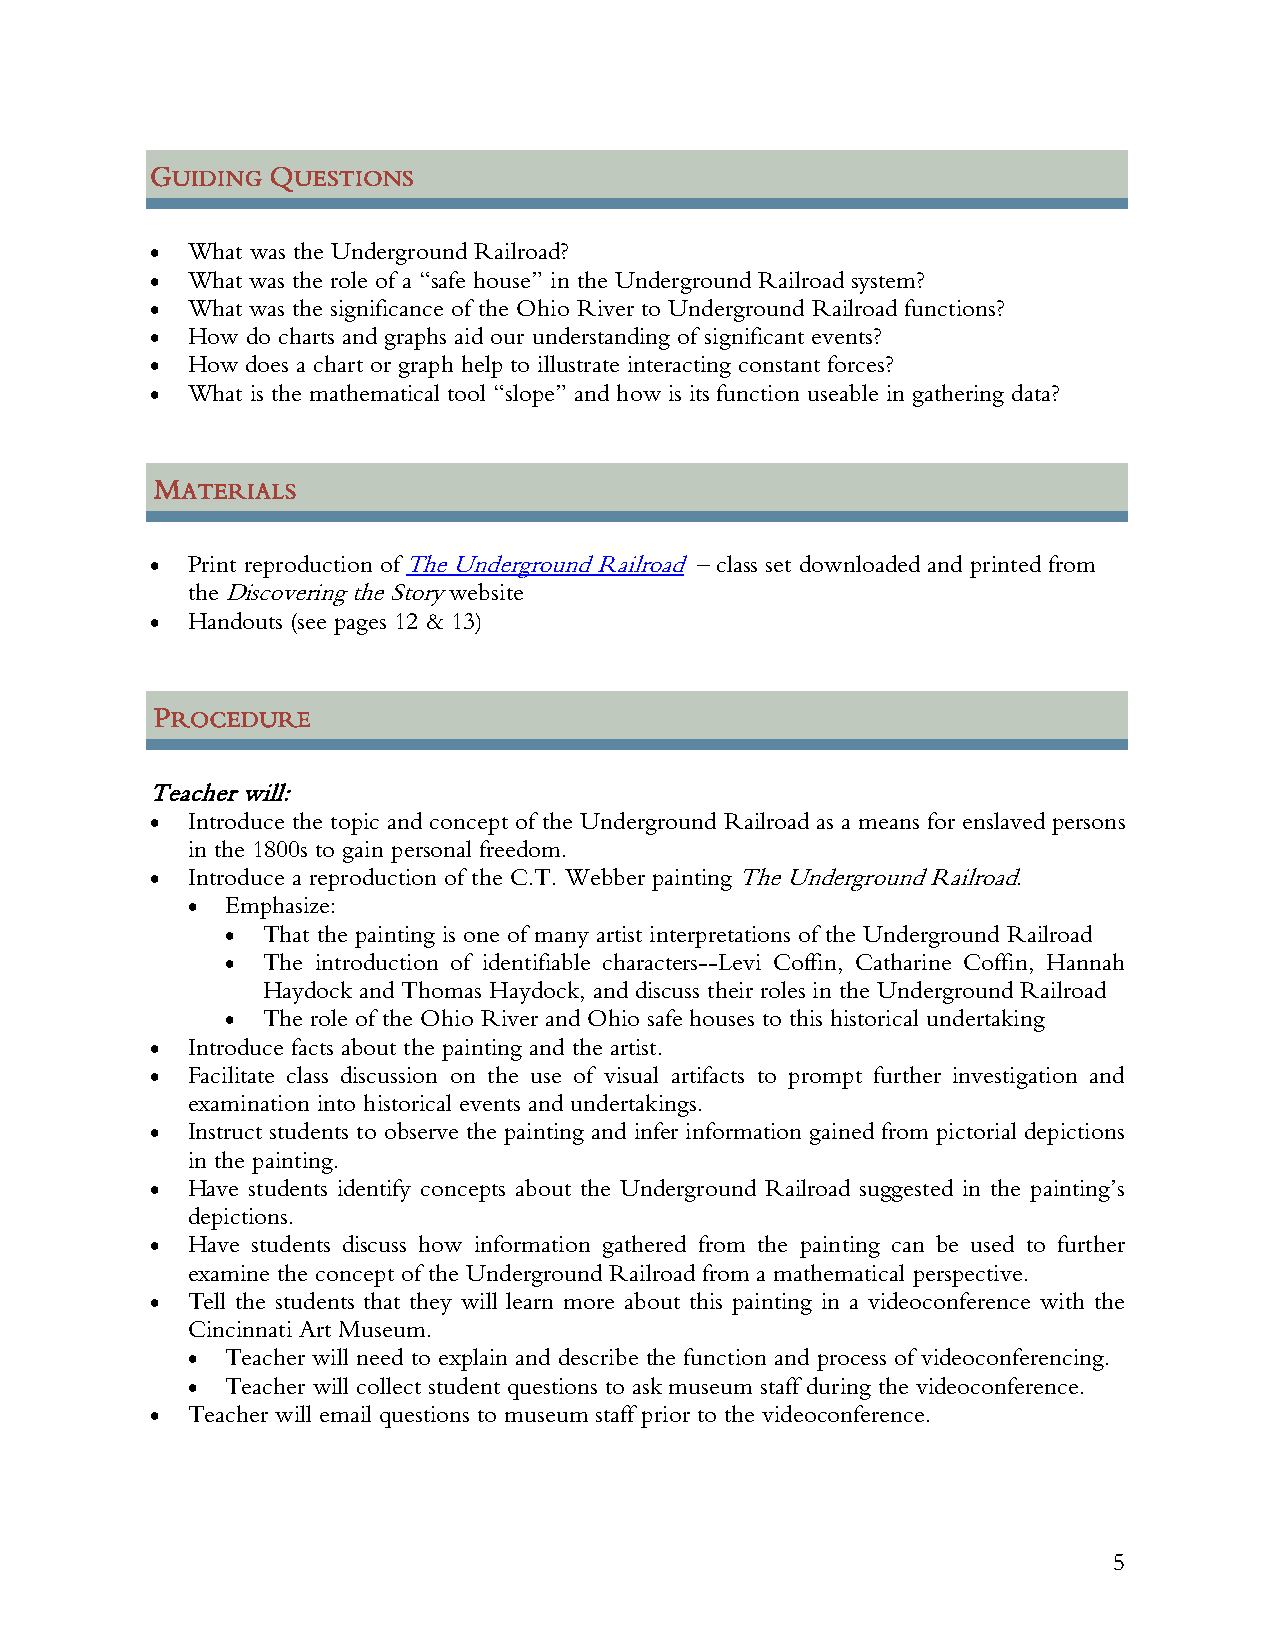
GUIDING QUESTIONS
 • What was the Underground Railroad?
 • What was the role of a “safe house” in the Underground Railroad system?
 • What was the significance of the Ohio River to Underground Railroad functions?
 • How do charts and graphs aid our understanding of significant events?
 • How does a chart or graph help to illustrate interacting constant forces?
 • What is the mathematical tool “slope” and how is its function useable in gathering data?
 MATERIALS
 • Print reproduction of The Underground Railroad – class set downloaded and printed from
 the Discovering the Story website
 • Handouts (see pages 12 & 13)
 PROCEDURE
 Teacher will:
 • Introduce the topic and concept of the Underground Railroad as a means for enslaved persons
 in the 1800s to gain personal freedom.
 • Introduce a reproduction of the C.T. Webber painting The Underground Railroad.
 •  Emphasize:
 • That the painting is one of many artist interpretations of the Underground Railroad
 • The introduction of identifiable characters--Levi Coffin, Catharine Coffin, Hannah
 Haydock and Thomas Haydock, and discuss their roles in the Underground Railroad
 • The role of the Ohio River and Ohio safe houses to this historical undertaking
 • Introduce facts about the painting and the artist.
 • Facilitate class discussion on the use of visual artifacts to prompt further investigation and
 examination into historical events and undertakings.
 • Instruct students to observe the painting and infer information gained from pictorial depictions
 in the painting.
 • Have students identify concepts about the Underground Railroad suggested in the painting’s
 depictions.
 • Have students discuss how information gathered from the painting can be used to further
 examine the concept of the Underground Railroad from a mathematical perspective.
 • Tell the students that they will learn more about this painting in a videoconference with the
 Cincinnati Art Museum.
 •  Teacher will need to explain and describe the function and process of videoconferencing.
 •  Teacher will collect student questions to ask museum staff during the videoconference.
 • Teacher will email questions to museum staff prior to the videoconference.
 5